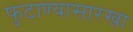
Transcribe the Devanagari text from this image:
फुटाण्यासारखा